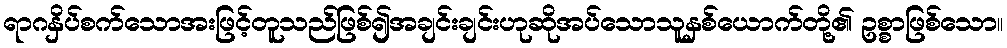
ရာဂနှိပ်စက်သောအးဖြင့်တူသည်ဖြစ်၍အချင်းချင်းဟုဆိုအပ်သောသူနှစ်ယောက်တို့၏ ဥစ္စာဖြစ်သော။